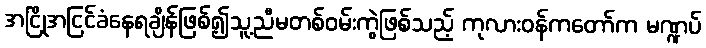
အငြိုအငြင်ခံနေရချိန်ဖြစ်၍သူ့ညီမတစ်ဝမ်းကွဲဖြစ်သည့် ကုလားဝန်ကတော်က မဏ္ဍပ်